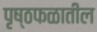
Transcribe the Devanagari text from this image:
पृष्ठफळातील